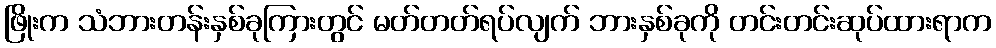
ဖြိုးက သံဘားတန်းနှစ်ခုကြားတွင် မတ်တတ်ရပ်လျက် ဘားနှစ်ခုကို တင်းတင်းဆုပ်ထားရာက